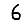
Digit: 6